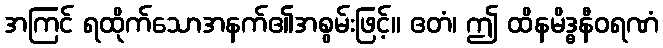
အကြင် ရထိုက်သောအနက်၏အစွမ်းဖြင့်။ ဧတံ၊ ဤ ထိနမိဒ္ဓနီဝရဏံ